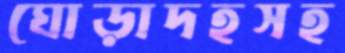
ঘোড়াদহসহ